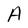
Character: A